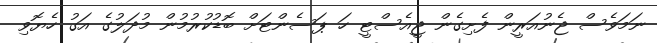
ނަމަވެސް ޖެނުއަރީން ފެށިގެން ޖީއެސްޓީ ހަ ޕަސެންޓަށް ބޮޑުކުރުމުން މުދަލުގެ އަގު ހެޔޮވި